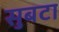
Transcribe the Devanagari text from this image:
सुबटा